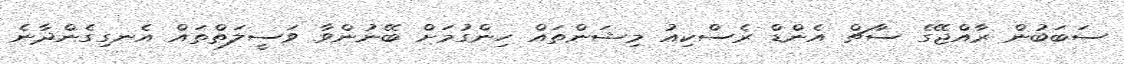
ސަބަބުން ރާއްޖޭގެ ސާޗް އެންޑް ރެސްކިއު މިޝަންތައް ހިންގުމަށް ބޭނުންވާ ވަސީލަތްތައް އެނގިގެންދާނެ